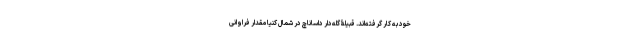
خود به کار گرفته‌اند. قبیلۀ گله‌دار داساناچ در شمال کنیا مقدار فراوانی